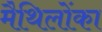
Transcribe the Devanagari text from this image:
मैथिलोंका